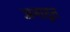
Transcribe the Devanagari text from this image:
अनादृत